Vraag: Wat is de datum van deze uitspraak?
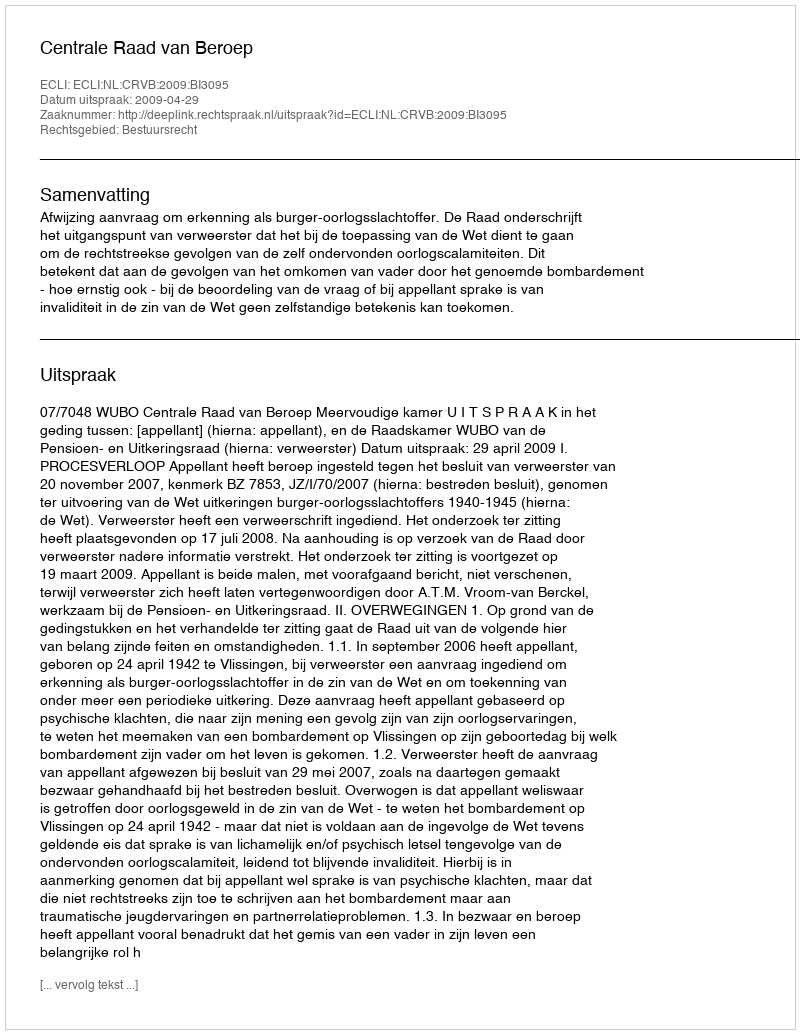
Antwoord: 2009-04-29